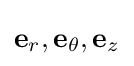
\mathbf {e} _{r},\mathbf {e} _{\theta },\mathbf {e} _{z}